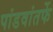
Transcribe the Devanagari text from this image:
पांडवांतर्फे